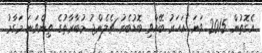
އެގޮތުން 2015 ވަނަ އަހަރު ބޭއްވި ބޮޑުބެރު ޗެލެންޖު މުބާރާތުގެ ތިންވަނަ މަގާމު